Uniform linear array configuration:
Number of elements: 4
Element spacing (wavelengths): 0.5
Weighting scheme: uniform
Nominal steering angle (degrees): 30
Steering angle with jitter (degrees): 28.665
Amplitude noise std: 0.05
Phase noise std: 0.05

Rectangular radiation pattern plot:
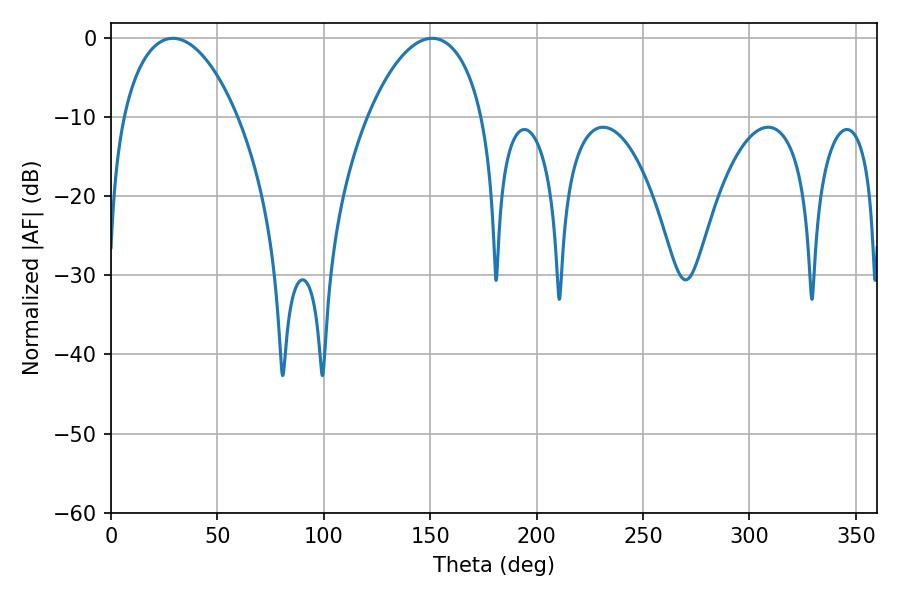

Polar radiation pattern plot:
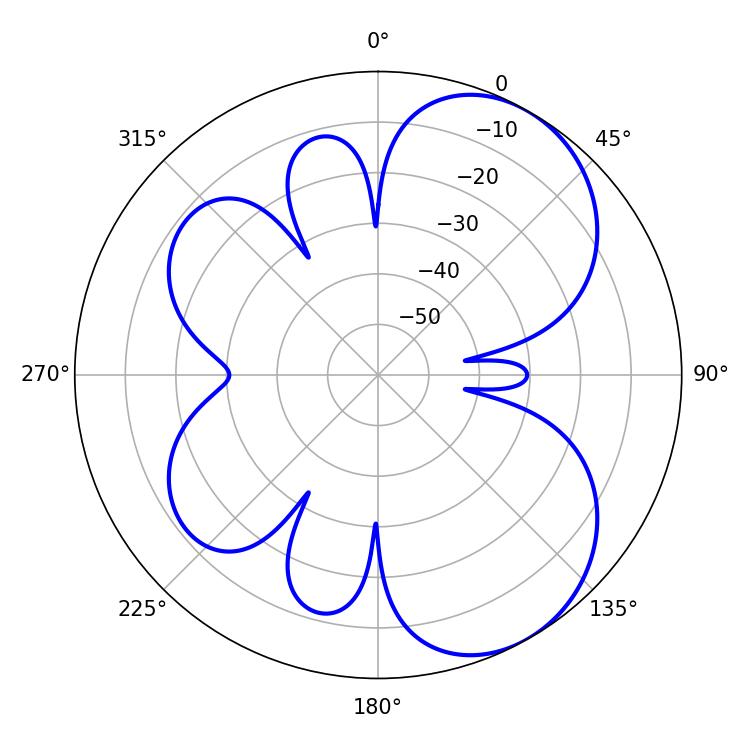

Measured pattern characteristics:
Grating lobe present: FALSE
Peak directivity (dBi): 5.98
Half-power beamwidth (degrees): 30.6
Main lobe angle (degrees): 29.16